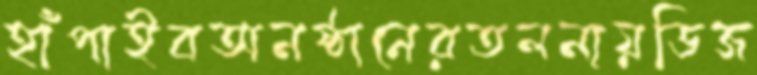
হাঁপাইবঅনষ্ঠানেরতলনায়ডিজ